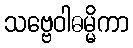
သဗ္ဗေဝါဓမ္မိကာ